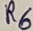
Text: R6